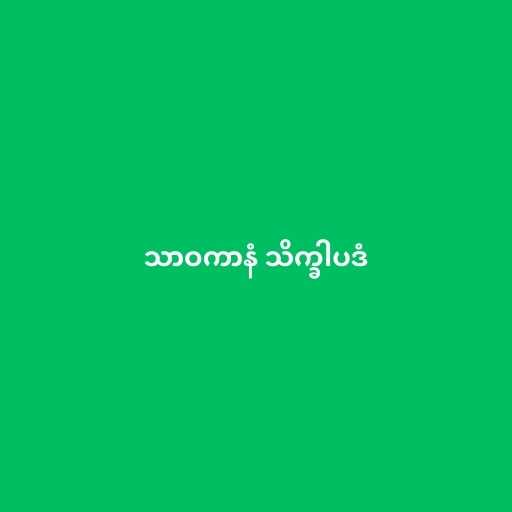
သာဝကာနံ သိက္ခါပဒံ